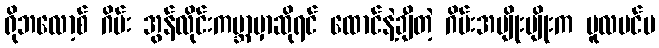
ရိုဘလော့စ် ဂိမ်း အွန်လိုင်းကမ္ဘာမှာဆိုရင် ထောင်နဲ့ချီတဲ့ ဂိမ်းအမျိုးမျိုးက မူလပင်မ